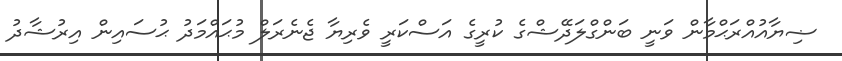
ޟިޔާއުއްރަޙްމާން ވަނީ ބަންގްލަދޭޝްގެ ކުރީގެ އަސްކަރީ ވެރިޔާ ޖެނެރަލް މުޙައްމަދު ޙުސައިން އިރުޝާދު